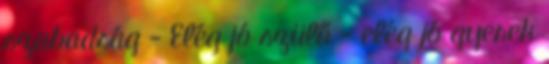
szabadság - Elég jó szülő - elég jó gyerek